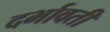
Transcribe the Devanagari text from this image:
दर्भावती